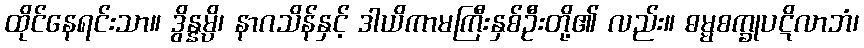
ထိုင်နေရင်းသာ။ ဒွိန္နမ္ပိ၊ နာဂသိန်နှင့် ဒါယိကာမကြီးနှစ်ဦးတို့၏ လည်း။ ဓမ္မစက္ခုပဋိလာဘံ၊